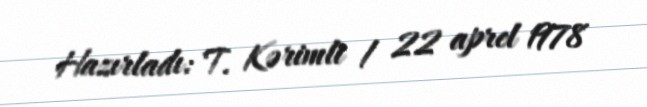
Hazırladı: T. Kərimli / 22 aprel 1978